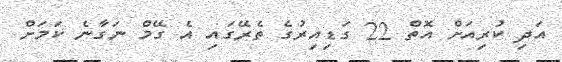
އަދި ކުރިއަށް އޮތް 22 ގަޑިއިރުގެ ތެރޭގައި އެ ގޭމް ނަގާނެ ކަމަށް